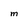
Character: M